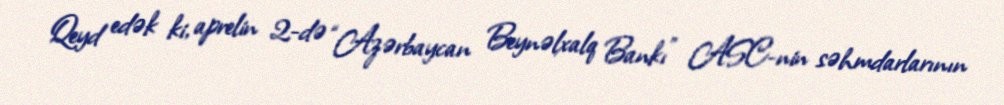
Qeyd edək ki, aprelin 2-də “Azərbaycan Beynəlxalq Bankı” ASC-nin səhmdarlarının